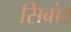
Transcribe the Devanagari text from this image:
सिबोर